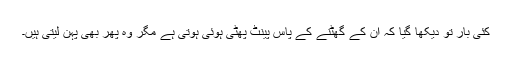
کئی بار تو دیکھا گیا کہ ان کے گھٹنے کے پاس پینٹ پھٹی ہوئی ہوتی ہے مگر وہ پھر بھی پہن لیتی ہیں۔